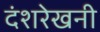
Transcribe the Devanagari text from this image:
दंशरेखनी